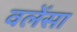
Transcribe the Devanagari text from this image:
वलेंसा